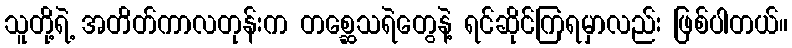
သူတို့ရဲ့ အတိတ်ကာလတုန်းက တစ္ဆေသရဲတွေနဲ့ ရင်ဆိုင်ကြရမှာလည်း ဖြစ်ပါတယ်။